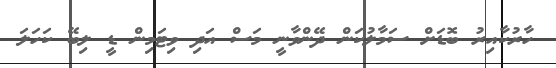
ހާރުކާއިރު ބޮޑަށް ސަމާލުކަން ދޭންވާނީ މަސް އަދި ވިޓަމިން ޑީ ލިބޭ ކަހަލަ